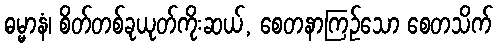
ဓမ္မာနံ၊ စိတ်တစ်ခုယုတ်ကိုးဆယ်, စေတနာကြဉ်သော စေတသိက်